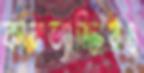
কারাভ্যাজ্জিরও